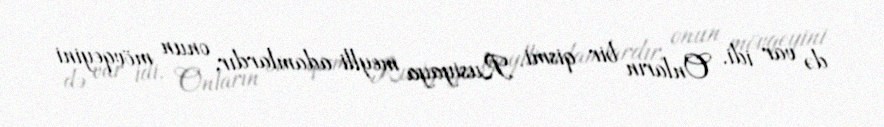
də var idi. Onların bir qismi Rusiyaya meylli adamlardır, onun mövqeyini